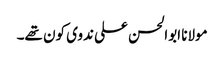
مولانا ابوالحسن علی ندوی کون تھے۔